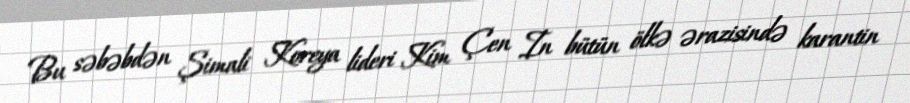
Bu səbəbdən Şimali Koreya lideri Kim Çen In bütün ölkə ərazisində karantin